Report of an investigation of the epidemic of malarial fever in Assam, or, kala-azar
Disease focus: Malaria
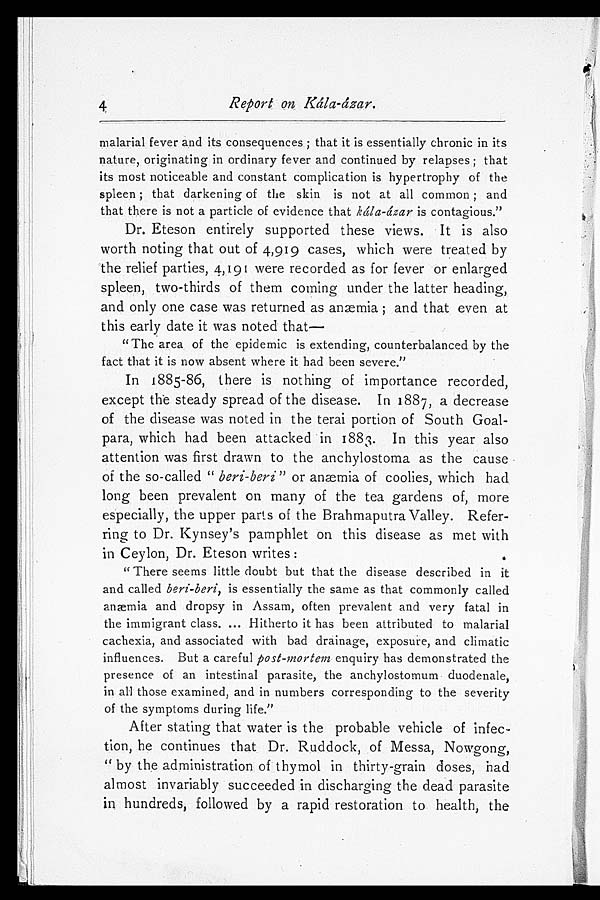
4
Report on Kála-ázar.
malarial fever and its consequences; that it is essentially chronic in its
nature, originating in ordinary fever and continued by relapses; that
its most noticeable and constant complication is hypertrophy of the
spleen; that darkening of the skin is not at all common; and
that there is not a particle of evidence that kála-ázar is contagious."
Dr. Eteson entirely supported these views. It is also
worth noting that out of 4,919 cases, which were treated by
the relief parties, 4,191 were recorded as for fever or enlarged
spleen, two-thirds of them coming under the latter heading,
and only one case was returned as anæmia; and that even at
this early date it was noted that
—
" The area of the epidemic is extending, counterbalanced by the
fact that it is now absent where it had been severe."
In 1885-86, there is nothing of importance recorded,
except the steady spread of the disease. In 1887, a decrease
of the disease was noted in the terai portion of South Goal-
para, which had been attacked in 1883. In this year also
attention was first drawn to the anchylostoma as the cause
of the so-called " beri-beri" or anæmia of coolies, which had
long been prevalent on many of the tea gardens of, more
especially, the upper parts of the Brahmaputra Valley. Refer-
ring to Dr. Kynsey's pamphlet on this disease as met with
in Ceylon, Dr. Eteson writes:
" There seems little doubt but that the disease described in it
and called beri-beri, is essentially the same as that commonly called
anæmia and dropsy in Assam, often prevalent and very fatal in
the immigrant class. ... Hitherto it has been attributed to malarial
cachexia, and associated with bad drainage, exposure, and climatic
influences. But a careful post-mortem enquiry has demonstrated the
presence of an intestinal parasite, the anchylostomum duodenale,
in all those examined, and in numbers corresponding to the severity
of the symptoms during life."
After stating that water is the probable vehicle of infec
tion, he continues that Dr. Ruddock, of Messa, Nowgong,
" by the administration of thymol in thirty-grain doses, had
almost invariably succeeded in discharging the dead parasite
in hundreds, followed by a rapid restoration to health, the